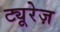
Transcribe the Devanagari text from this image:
ट्यूरेज़